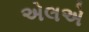
એલએ